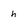
Character: h